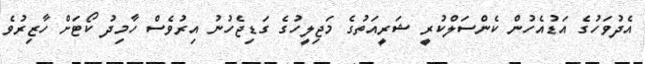
އެދުވަހުގެ އަޑުއެހުން ކެންސަލްކުރީ ޝަރީއަތުގެ މަޖިލީހުގެ ގަޑިޖެހުނު އިރުވެސް ހާމިދު ކޯޓަށް ހާޒިރުވެ